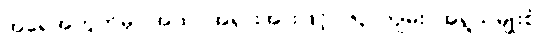
အရေအတွက်မှာ အထင်အရှားအားဖြင့် (၆၃)ကျမ်း, အရွယ်မျိုးစုံ